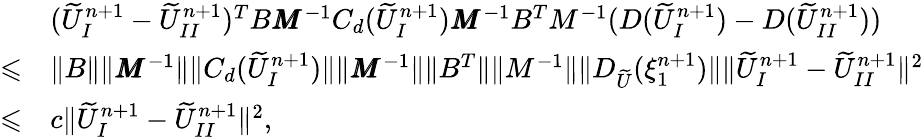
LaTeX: \begin{array}{rl}&{(\widetilde{U}_{I}^{n+1}-\widetilde{U}_{II}^{n+1})^{T}B\pmb{M}^{-1}C_{d}(\widetilde{U}_{I}^{n+1})\pmb{M}^{-1}B^{T}M^{-1}(D(\widetilde{U}_{I}^{n+1})-D(\widetilde{U}_{II}^{n+1}))}\\ {\leqslant}&{\| B\| \| \pmb{M}^{-1}\| \| C_{d}(\widetilde{U}_{I}^{n+1})\| \| \pmb{M}^{-1}\| \| B^{T}\| \| M^{-1}\| \| D_{\widetilde{U}}(\xi_{1}^{n+1})\| \| \widetilde{U}_{I}^{n+1}-\widetilde{U}_{II}^{n+1}\| ^{2}}\\ {\leqslant}&{c\| \widetilde{U}_{I}^{n+1}-\widetilde{U}_{II}^{n+1}\| ^{2},}\end{array}